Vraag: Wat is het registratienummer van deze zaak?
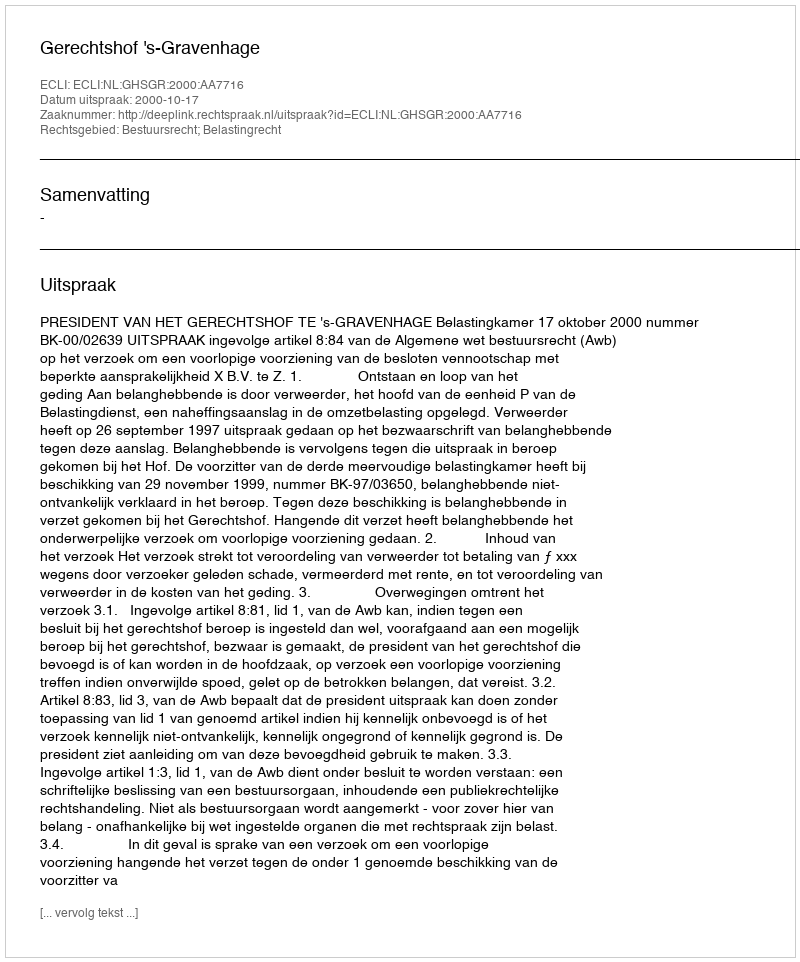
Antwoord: http://deeplink.rechtspraak.nl/uitspraak?id=ECLI:NL:GHSGR:2000:AA7716